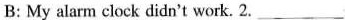
B:My alarm clock didn't work. 2.___